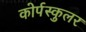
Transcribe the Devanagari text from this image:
कोर्पस्कुलर